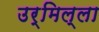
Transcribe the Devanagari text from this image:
उर्मिल्ला